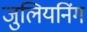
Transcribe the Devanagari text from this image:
जुलियनिंग